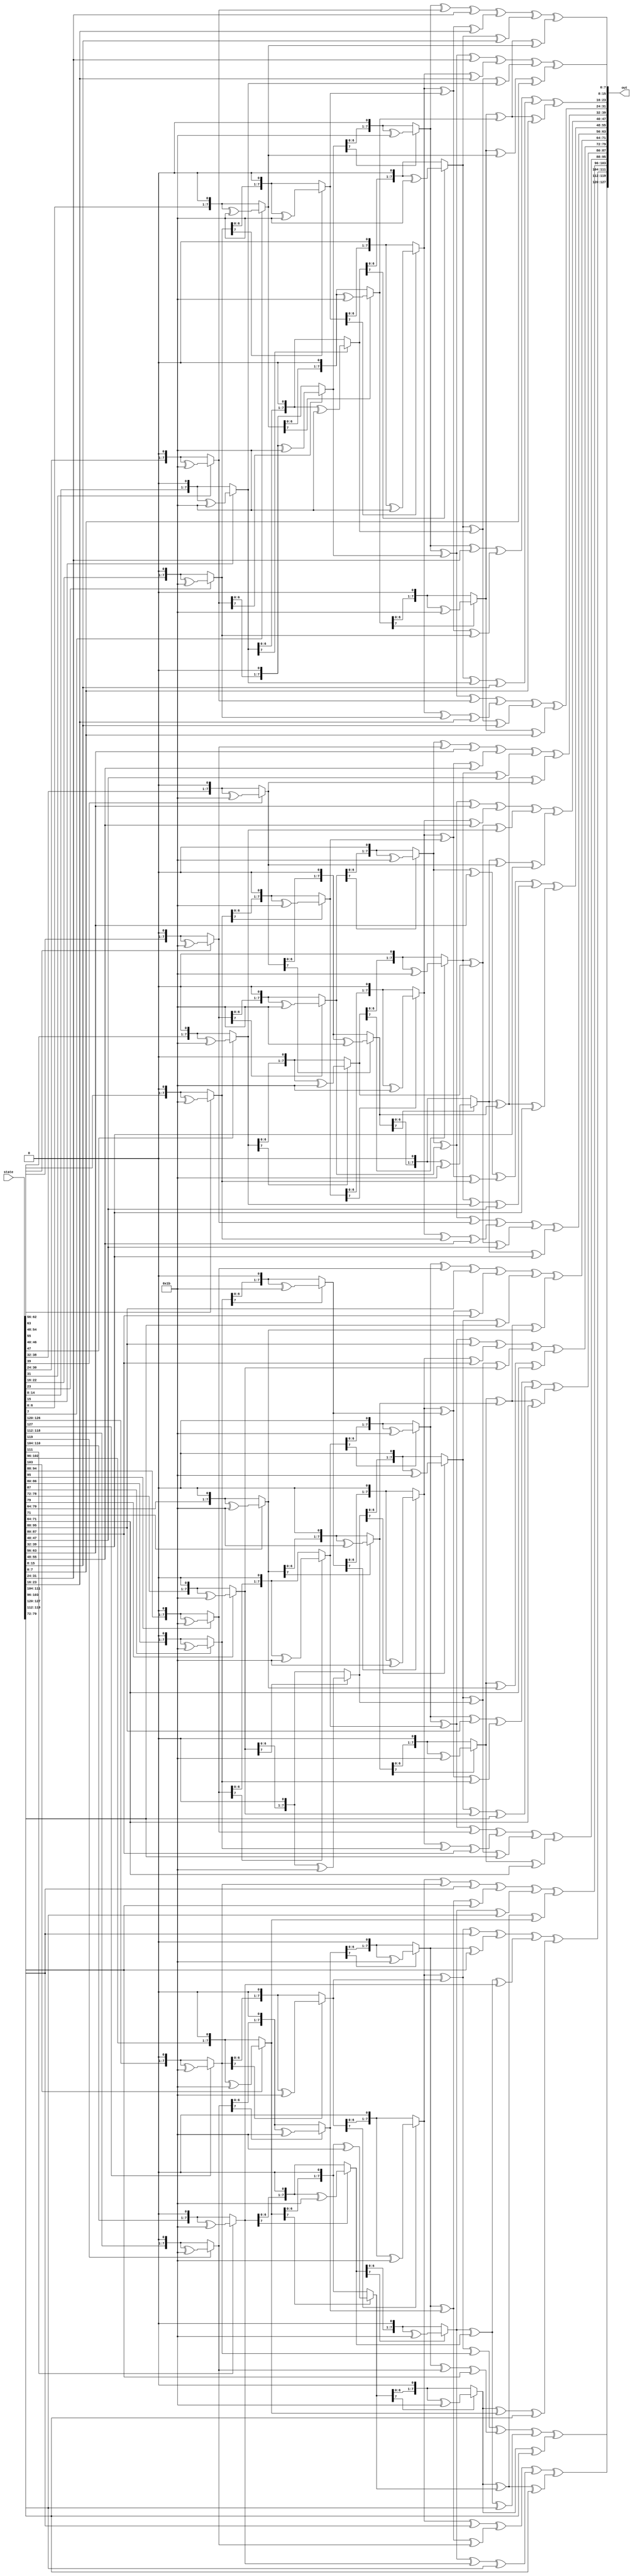
module invMixColumn(state,out);
input [0:127]state;
output[0:127]out;

function [0:7]m02;
input [0:7]m;
input integer n;
integer i;
begin

for (i=0;i<n;i=i+1)
begin 
m=(m[0]==1'b0)?(m << 1):
(m << 1)^8'h1b;
end

 m02=m;
end

endfunction

function [0:7]m0e;
input [0:7]m;
m0e=m02(m,3)^m02(m,2)^m02(m,1);
endfunction

function[0:7]m0d;
input [0:7]m;
m0d=m02(m,3)^m02(m,2)^m;
endfunction 

function[0:7]m0b;
input [0:7]m;
m0b=m02(m,3)^m02(m,1)^m;
endfunction 

function[0:7]m09;
input [0:7]m;
m09=m02(m,3)^m;
endfunction 

assign out [0:7]=m0e(state[0:7])^m0b(state[8:15])^m0d(state[16:23])^m09(state[24:31]);
assign out [8:15]=m09(state[0:7])^m0e(state[8:15])^m0b(state[16:23])^m0d(state[24:31]);
assign out [16:23]=m0d(state[0:7])^m09(state[8:15])^m0e(state[16:23])^m0b(state[24:31]);
assign out [24:31]=m0b(state[0:7])^m0d(state[8:15])^m09(state[16:23])^m0e(state[24:31]);

assign out [32:39]=m0e(state[32:39])^m0b(state[40:47])^m0d(state[48:55])^m09(state[56:63]);
assign out [40:47]=m09(state[32:39])^m0e(state[40:47])^m0b(state[48:55])^m0d(state[56:63]);
assign out [48:55]=m0d(state[32:39])^m09(state[40:47])^m0e(state[48:55])^m0b(state[56:63]);
assign out [56:63]=m0b(state[32:39])^m0d(state[40:47])^m09(state[48:55])^m0e(state[56:63]);

assign out [64:71]=m0e(state[64:71])^m0b(state[72:79])^m0d(state[80:87])^m09(state[88:95]);
assign out [72:79]=m09(state[64:71])^m0e(state[72:79])^m0b(state[80:87])^m0d(state[88:95]);
assign out [80:87]=m0d(state[64:71])^m09(state[72:79])^m0e(state[80:87])^m0b(state[88:95]);
assign out [88:95]=m0b(state[64:71])^m0d(state[72:79])^m09(state[80:87])^m0e(state[88:95]);

assign out [96:103]=m0e(state[96:103])^m0b(state[104:111])^m0d(state[112:119])^m09(state[120:127]);
assign out [104:111]=m09(state[96:103])^m0e(state[104:111])^m0b(state[112:119])^m0d(state[120:127]);
assign out [112:119]=m0d(state[96:103])^m09(state[104:111])^m0e(state[112:119])^m0b(state[120:127]);
assign out [120:127]=m0b(state[96:103])^m0d(state[104:111])^m09(state[112:119])^m0e(state[120:127]);




endmodule